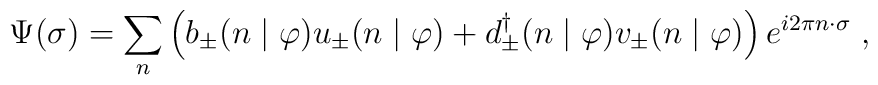
\Psi (\sigma) = \sum_n \left( b_{\pm} (n \mid \varphi) u_{\pm} (n \mid \varphi)+ d_{\pm}^{\dagger} (n\mid \varphi) v_{\pm} (n\mid \varphi) \right)e^{i 2 \pi n \cdot \sigma} \;,